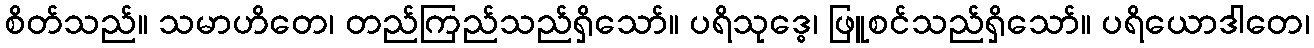
စိတ်သည်။ သမာဟိတေ၊ တည်ကြည်သည်ရှိသော်။ ပရိသုဒ္ဓေ၊ ဖြူစင်သည်ရှိသော်။ ပရိယောဒါတေ၊